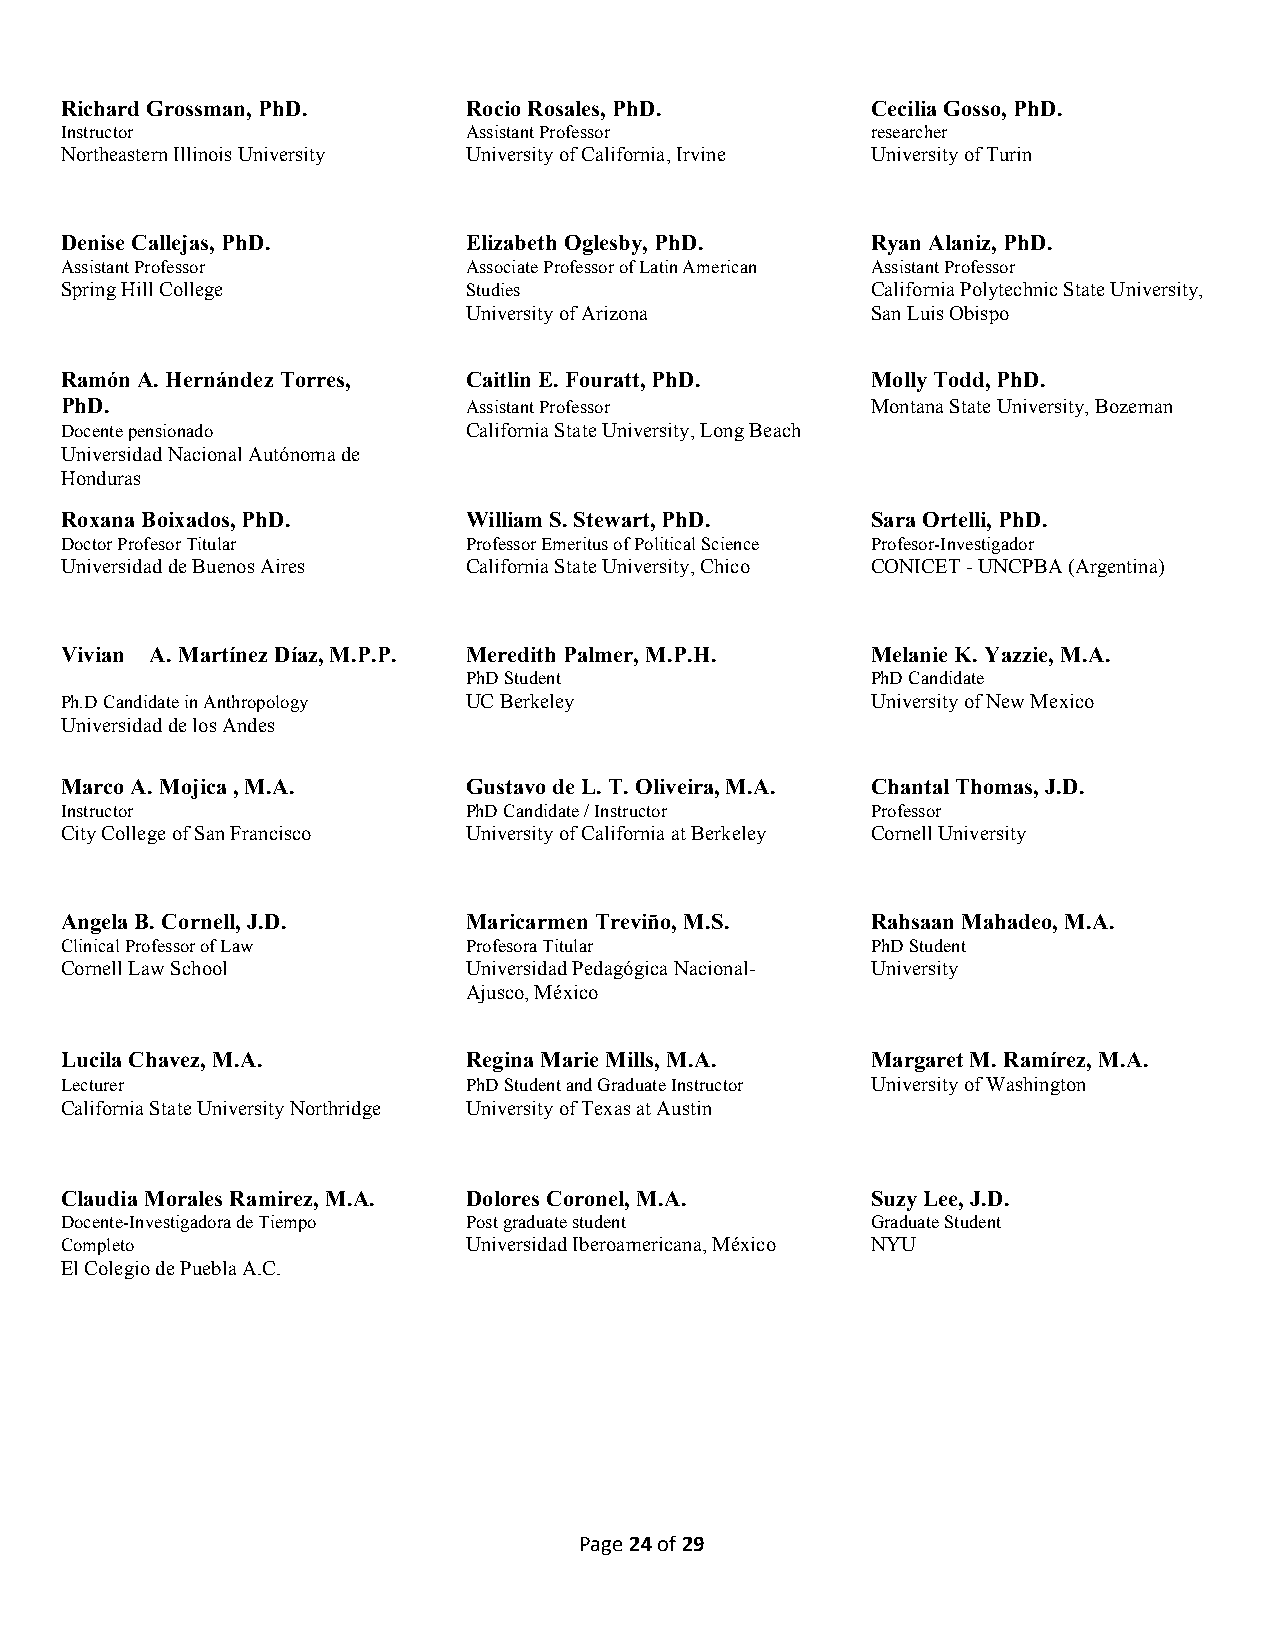
Richard Grossman, PhD.     Rocio Rosales, PhD.        Cecilia Gosso, PhD.
 Instructor                 Assistant Professor        researcher
 Northeastern Illinois University University of California, Irvine University of Turin
 Denise Callejas, PhD.      Elizabeth Oglesby, PhD.    Ryan Alaniz, PhD.
 Assistant Professor        Associate Professor of Latin American Assistant Professor
 Spring Hill College        Studies                    California Polytechnic State University,
 University of Arizona      San Luis Obispo
 Ramón A. Hernández Torres, Caitlin E. Fouratt, PhD.   Molly Todd, PhD.
 PhD.                       Assistant Professor        Montana State University, Bozeman
 Docente pensionado         California State University, Long Beach
 Universidad Nacional Autónoma de
 Honduras
 Roxana Boixados, PhD.      William S. Stewart, PhD.   Sara Ortelli, PhD.
 Doctor Profesor Titular    Professor Emeritus of Political Science Profesor-Investigador
 Universidad de Buenos Aires California State University, Chico CONICET - UNCPBA (Argentina)
 Vivian A. Martínez Díaz, M.P.P. Meredith Palmer, M.P.H. Melanie K. Yazzie, M.A.
 PhD Student                PhD Candidate
 Ph.D Candidate in Anthropology UC Berkeley            University of New Mexico
 Universidad de los Andes
 Marco A. Mojica , M.A.     Gustavo de L. T. Oliveira, M.A. Chantal Thomas, J.D.
 Instructor                 PhD Candidate / Instructor Professor
 City College of San Francisco University of California at Berkeley Cornell University
 Angela B. Cornell, J.D.    Maricarmen Treviño, M.S.   Rahsaan Mahadeo, M.A.
 Clinical Professor of Law  Profesora Titular          PhD Student
 Cornell Law School         Universidad Pedagógica Nacional- University
 Ajusco, México
 Lucila Chavez, M.A.        Regina Marie Mills, M.A.   Margaret M. Ramírez, M.A.
 Lecturer                   PhD Student and Graduate Instructor University of Washington
 California State University Northridge University of Texas at Austin
 Claudia Morales Ramirez, M.A. Dolores Coronel, M.A.   Suzy Lee, J.D.
 Docente-Investigadora de Tiempo Post graduate student Graduate Student
 Completo                   Universidad Iberoamericana, México NYU
 El Colegio de Puebla A.C.
 Page 24 of 29